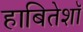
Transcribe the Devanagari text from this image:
हाबितेशॉ